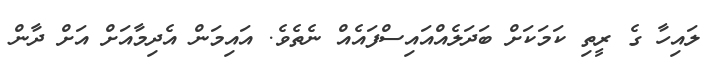
ލައިހާ ގެ ރީތި ކަމަކަށް ބަދަލެއްއައިސްފައެއް ނެތެވެ. އައިމަން އެދިމާއަށް އަށް ދާން